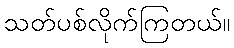
သတ်ပစ်လိုက်ကြတယ်။